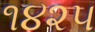
૧૪૨૫